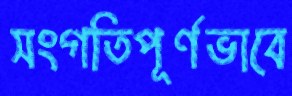
সংগতিপূর্ণভাবে